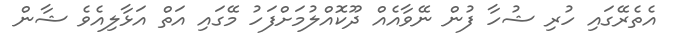
އެތެރޭގައި ހުރި ޝުހާ ފުން ނޭވާއެއް ދޫކޮއްލުމަށްފަހު މޭގައި އަތް އަޅާލިއެވެ ޝާން